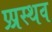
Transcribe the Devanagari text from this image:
प्र्प्रस्थव